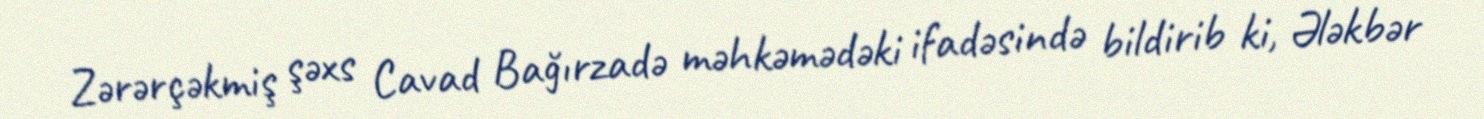
Zərərçəkmiş şəxs Cavad Bağırzadə məhkəmədəki ifadəsində bildirib ki, Ələkbər